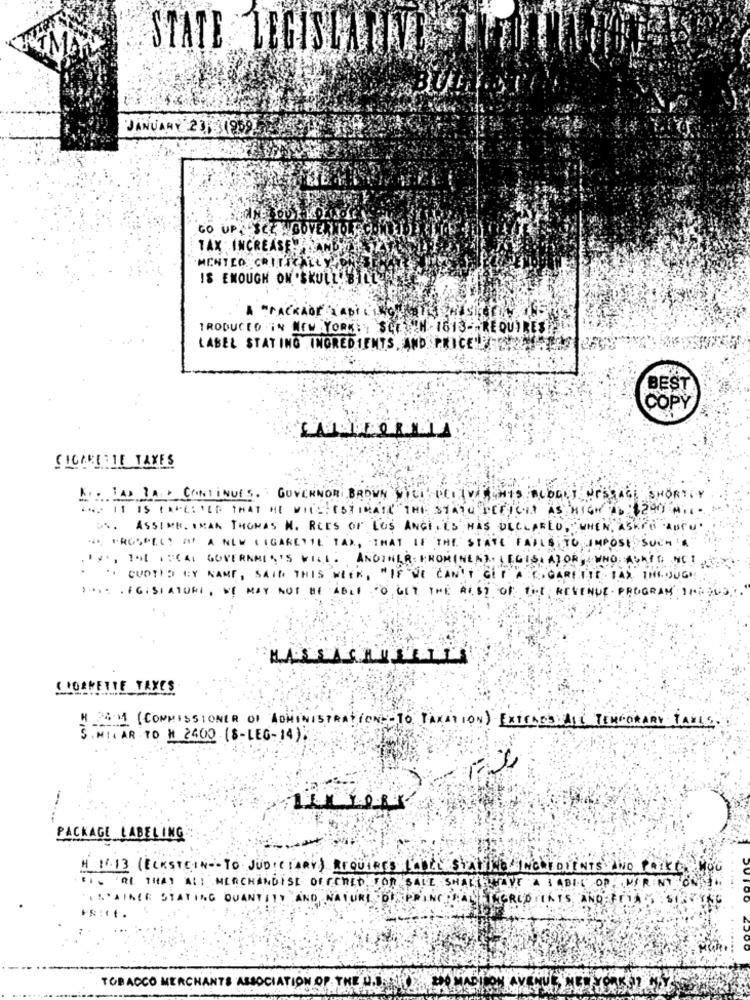
STATE LEGISLATIVE
JANUARY 231 31959
GO UP, SCE BOY
TAX INCREASE!
MENTEO CRITICALLY
IS ENOUGH ON .SKULL!
A - PACKADE LABic
PRODUCED IN NEW YORK , SCHWEIN 1613- - REQUIRES
LABEL STAY ING . INGREDIENTS, AND PRICE PER
BEST
COPY
CICAMBIE TAXES
K .. LAD LA. CONTINUES. GOVERNOR BROWN WILL PEI IVA HIS BUDGET MESSAGE SHORTLY
IN. IT IS INSERTED THAT HE WILL ESTIMATE THE STATO DEFICIT AS HIGH AS $240 MIL.
ASSINE. IMAN THOMAS M. RCES OF LOS ANGE, IS HAS DECLARED, WHEN ASKED AUCU
... PROSPECT OF A NEW CIGARETTE TAX, THAT IF THE STATE FAILS TO IMPOSE SUCH A
IS, THE ISCAL GOVERNMENTS WILL. ANOTHER PROMINENT. I ELISH AJOR, WHO SAID HE!
". CURTIS BY NAME, SAID THIS WEEK, "IF WE CAN'T GET A CIGARETTE TAX THROUGH
1.1: . EGISTATURI, WE MAY NOT BE ABLE TO GET THE REST OF THE REVENUE PROGRAM INHOUD
( CORRETTE TAXES
M 2EM ( COMMISSIONER OF ADMINISTRATION TO TAXATION ) EXTENDSHALL TEMPORARY TAXIS .
SIMILAR TO M 2400 (S-LEG-14).
PACKAGE LABELING
H 11.13 (ECKSTEIN -- TO JUDICIARY) REQUIRES ICILE STATTHE INGREDIENTS AND PRIKT
SIX AL THAT AS; MERCHANDISE OFFERED FOR SALE SHALLHAVE A I ABIL OF PRINT ONST.
'IN'AIMEE STATING QUANTITY AND
BIEPRINCIPALE CRED IN TS, AND FRI
TOBACCO MERCHANTS ASSOCIATION OF THE U.